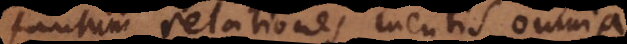
tantum relationes mentis omnia